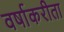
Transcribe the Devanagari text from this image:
वर्षाकरीता